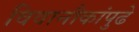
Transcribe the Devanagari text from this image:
विवानौकांपुढे